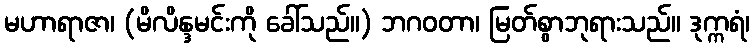
မဟာရာဇာ၊ (မိလိန္ဒမင်းကို ခေါ်သည်။) ဘဂဝတာ၊ မြတ်စွာဘုရားသည်။ ဒုက္ကရံ၊